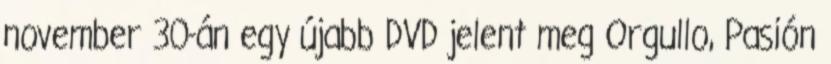
november 30-án egy újabb DVD jelent meg Orgullo, Pasión